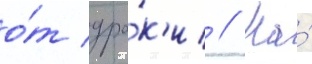
о́т дра́к'и // На́